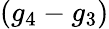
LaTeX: (g_{4}-g_{3})